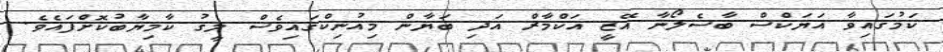
ކަމުގައިވާ އަޔަކްސް ބާސެލޯނާ އޭޒީ އަކްމާރް އަދި ބަޔާން މިއުނިކްގައިވެސް ލީގު ކާމިޔާބުކޮށްފައެވެ.